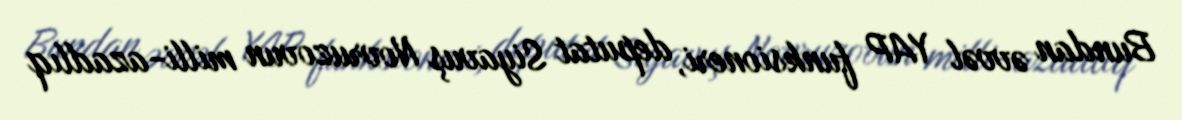
Bundan əvvəl YAP funksioneri, deputat Siyavuş Novruzovun milli-azadlıq